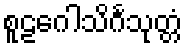
စူဠဂေါသိင်္ဂသုတ္တံ